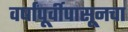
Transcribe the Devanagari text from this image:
वर्षांपूर्वीपासूनचा